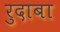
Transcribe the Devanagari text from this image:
रुदाबा